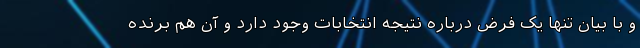
و با بیان تنها یک فرض درباره نتیجه انتخابات وجود دارد و آن هم برنده